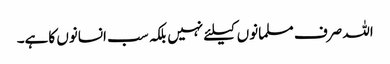
اللہ صرف مسلمانوں کیلئے نہیں بلکہ سب انسانوں کاہے۔